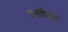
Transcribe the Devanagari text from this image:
बनवीलेले